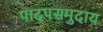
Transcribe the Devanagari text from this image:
पादपसमुदाय